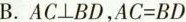
B. $$AC\bot BD$$,$$AC=BD$$